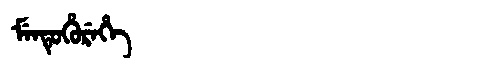
Manchu: ᠮᡝᠨᡨᡠᡥᡠᡵᡝᡥᡝ
Romanization: MENTUHUREHE